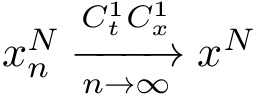
x _ { n } ^ { N } \xrightarrow [ n \rightarrow \infty ] { C _ { t } ^ { 1 } C _ { x } ^ { 1 } } x ^ { N }